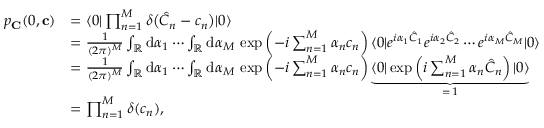
\begin{array} { r l } { p _ { \mathbf { C } } ( 0 , \mathbf { c } ) } & { = \langle 0 | \prod _ { n = 1 } ^ { M } \delta \bigl ( \hat { C } _ { n } - c _ { n } \bigr ) | 0 \rangle } \\ & { = \frac { 1 } { ( 2 \pi ) ^ { M } } \int _ { \mathbb { R } } \mathrm { d } \alpha _ { 1 } \cdots \int _ { \mathbb { R } } \mathrm { d } \alpha _ { M } \, \exp \left( - i \sum _ { n = 1 } ^ { M } \alpha _ { n } c _ { n } \right) \langle 0 | e ^ { i \alpha _ { 1 } \hat { C } _ { 1 } } e ^ { i \alpha _ { 2 } \hat { C } _ { 2 } } \cdots e ^ { i \alpha _ { M } \hat { C } _ { M } } | 0 \rangle } \\ & { = \frac { 1 } { ( 2 \pi ) ^ { M } } \int _ { \mathbb { R } } \mathrm { d } \alpha _ { 1 } \cdots \int _ { \mathbb { R } } \mathrm { d } \alpha _ { M } \, \exp \left( - i \sum _ { n = 1 } ^ { M } \alpha _ { n } c _ { n } \right) \underbrace { \langle 0 | \exp \left( i \sum _ { n = 1 } ^ { M } \alpha _ { n } \hat { C } _ { n } \right) | 0 \rangle } _ { = \, 1 } } \\ & { = \prod _ { n = 1 } ^ { M } \delta ( c _ { n } ) , } \end{array}